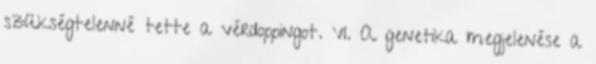
szükségtelenné tette a vérdoppingot. VI. A genetika megjelenése a